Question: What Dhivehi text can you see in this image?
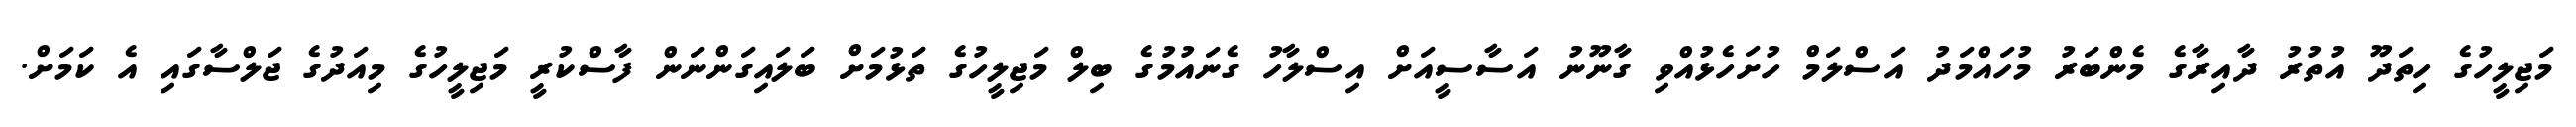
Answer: މަޖިލީހުގެ ހިތަދޫ އުތުރު ދާއިރާގެ މެންބަރު މުހައްމަދު އަސްލަމް ހުށަހެޅުއްވި ގާނޫނު އަސާސީއަށް އިސްލާހު ގެނައުމުގެ ބިލް މަޖިލީހުގެ ތަޅުމަށް ބަލައިގަންނަން ފާސްކުރީ މަޖިލީހުގެ މިއަދުގެ ޖަލްސާގައި އެ ކަމަށް.